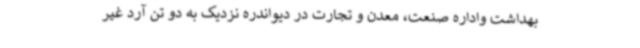
بهداشت واداره صنعت، معدن و تجارت در دیواندره نزدیک به دو تن آرد غیر